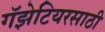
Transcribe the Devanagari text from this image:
गॅझेटियरसाठी